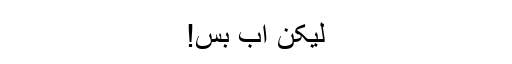
لیکن اب بس!